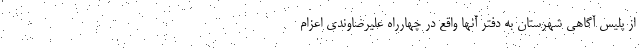
از پلیس آگاهی شهرستان به دفتر آنها واقع در چهارراه علیرضاوندی اعزام